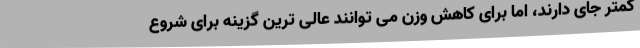
کمتر جای دارند، اما برای کاهش وزن می توانند عالی ترین گزینه برای شروع